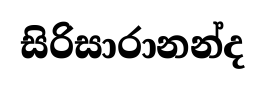
සිරිසාරානන්ද